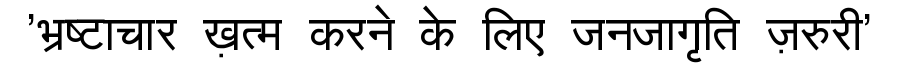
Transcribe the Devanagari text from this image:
'भ्रष्टाचार ख़त्म करने के लिए जनजागृति ज़रुरी'